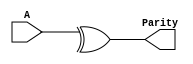
`timescale 1ns/1ps

// Odd Parity Checker

module Parity_Checker(Parity, A);
	
	output reg Parity;
	input [4:0]A;

always@(A)
begin
	Parity = ^A;
end

endmodule

module Parity_Checker_tb();

	wire Parity;
	reg [4:0]A;

Parity_Checker pa0(Parity, A);
	
initial 
begin
	A = 5'b11010;
	A = #15 5'b11101;
	A = #25 5'b00011;

end

endmodule